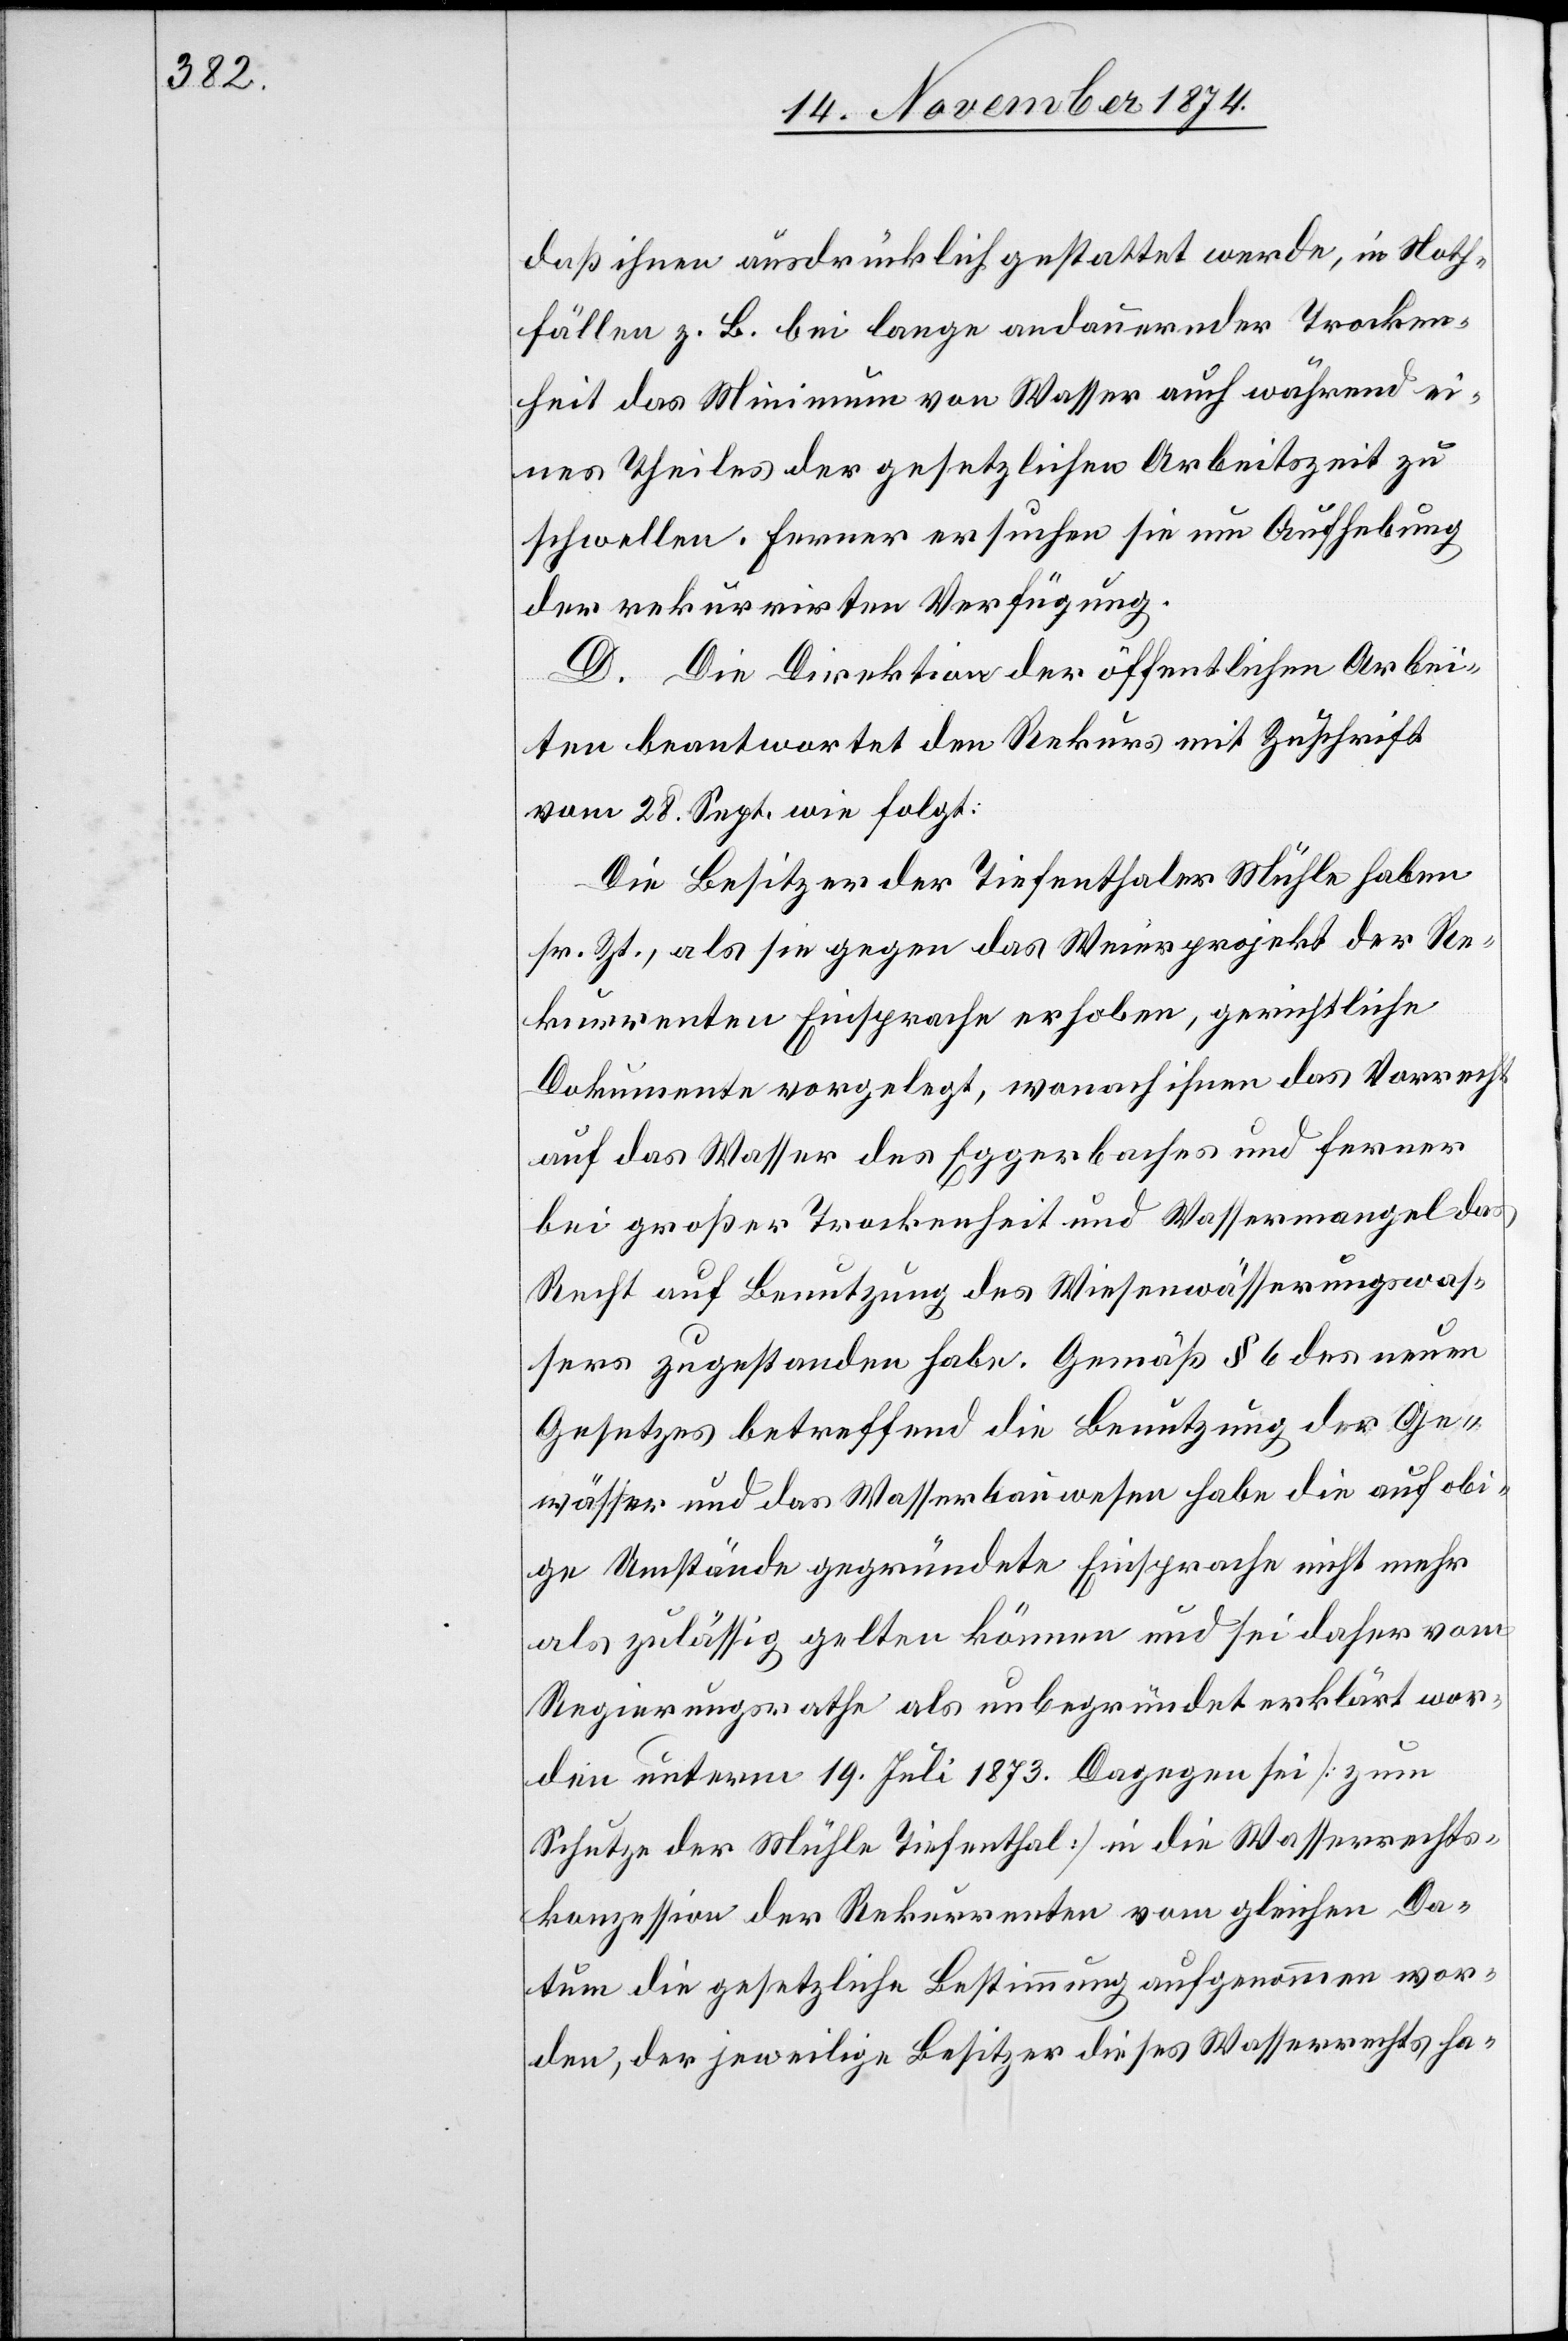
daß ihnen ausdrücklich gestattet werde, in Noth¬
fällen z. B. bei lange andauernder Trocken¬
heit das Minimum von Wasser auch während ei¬
nes Theiles der gesetzlichen Arbeitszeit zu
schwellen. Ferner ersuchen sie um Aufhebung
der rekurrirten Verfügung.
D. Die Direktion der öffentlichen Arbei¬
ten beantwortet den Rekurs mit Zuschrift
vom 28. Sept. wie folgt:
Die Besitzer der Tiefenthalter Mühle haben
sr. Zt., als sie gegen das Weierprojekt der Re¬
kurrenten Einsprache erhoben, gerichtliche
Dokumente vorgelegt, wonach ihnen das Vorrecht
auf das Wasser des Eggerbaches und ferner
bei großer Trockenheit und Wassermangel das
Recht auf Benutzung des Wiesenwässerungswas¬
sers zugestanden habe. Gemäß § 6 des neuen
Gesetzes betreffend die Benutzung der Ge¬
wässer und das Wasserbauwesen habe die auf obi¬
ge Umstände gegründete Einsprache nicht mehr
als zulässig gelten können und sei daher vom
Regierungsrathe als unbegründet erklärt wor¬
den unterm 19. Juli 1873. Dagegen sei [zum
Schutze der Mühle Tiefenthal] in die Wasserrechts¬
konzession der Rekurrenten vom gleichen Da¬
tum die gesetzliche Bestimmung aufgenommen wor¬
den, der jeweilige Besitzer dieses Wasserrechts ha-